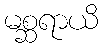
မစ္ဆရာယိ